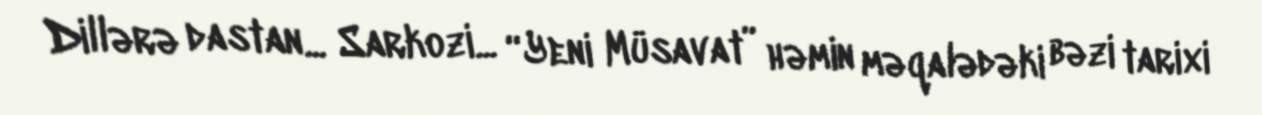
Dillərə dastan... Sarkozi... “Yeni Müsavat” həmin məqalədəki bəzi tarixi